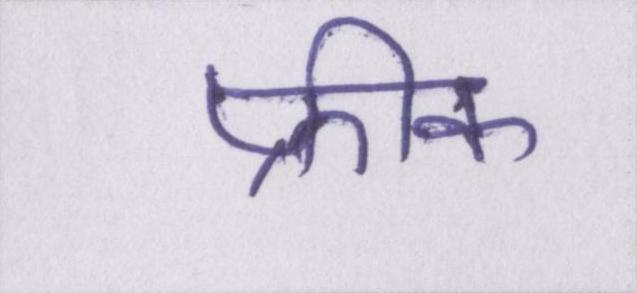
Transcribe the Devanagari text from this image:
फ्रीक